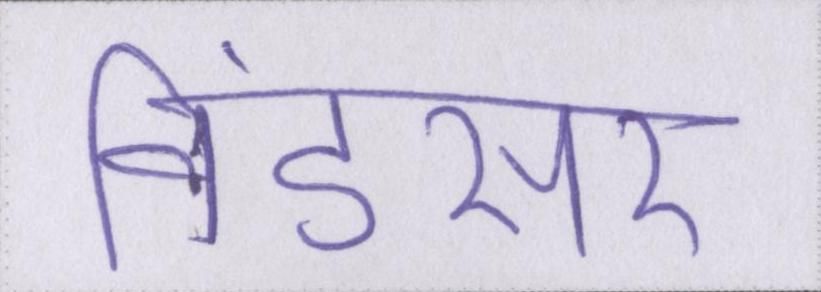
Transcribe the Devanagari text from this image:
विंडसर